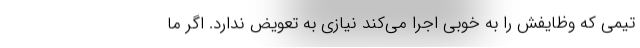
تیمی که وظایفش را به خوبی اجرا می‌کند نیازی به تعویض ندارد. اگر ما